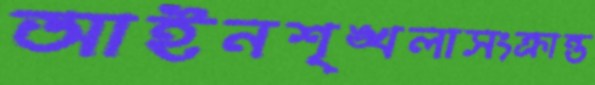
আইনশৃঙ্খলাসংক্রান্ত